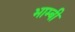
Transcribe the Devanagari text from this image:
भाम्बी